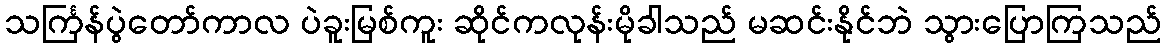
သင်္ကြန်ပွဲတော်ကာလ ပဲခူးမြစ်ကူး ဆိုင်ကလုန်းမိုခါသည် မဆင်းနိုင်ဘဲ သွားပြောကြသည်